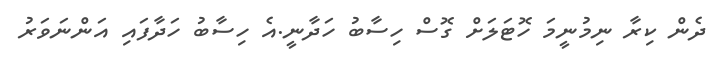
ދެން ކިރާ ނިމުނީމަ ހޮޓަލަށް ގޮސް ހިސާބު ހަދާނީ.އެ ހިސާބު ހަދާފައި އަންނަވަރު